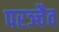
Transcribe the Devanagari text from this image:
परञ्चैव